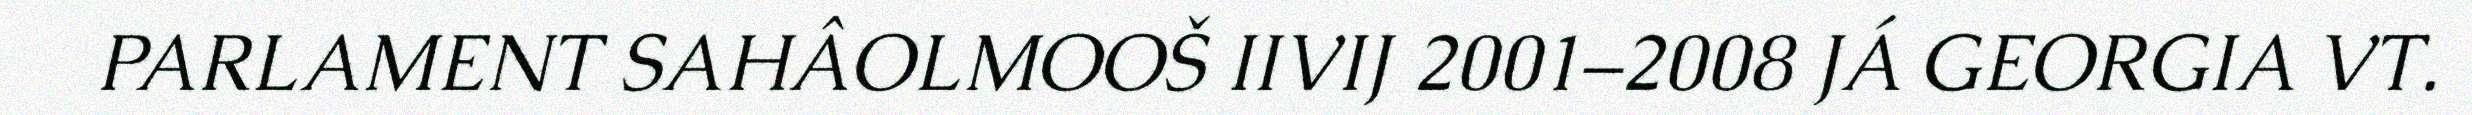
PARLAMENT SAHÂOLMOOŠ IIVIJ 2001–2008 JÁ GEORGIA VT.